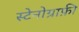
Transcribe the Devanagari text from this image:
स्टेनोग्राफ़ी